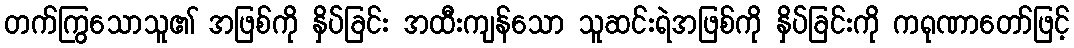
တက်ကြွသောသူ၏ အဖြစ်ကို နှိပ်ခြင်း အထီးကျန်သော သူဆင်းရဲအဖြစ်ကို နှိပ်ခြင်းကို ကရုဏာတော်ဖြင့်